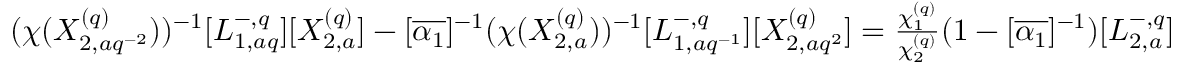
( \chi ( X _ { 2 , a q ^ { - 2 } } ^ { ( q ) } ) ) ^ { - 1 } [ L _ { 1 , a q } ^ { - , q } ] [ X _ { 2 , a } ^ { ( q ) } ] - [ \overline { { \alpha _ { 1 } } } ] ^ { - 1 } ( \chi ( X _ { 2 , a } ^ { ( q ) } ) ) ^ { - 1 } [ L _ { 1 , a q ^ { - 1 } } ^ { - , q } ] [ X _ { 2 , a q ^ { 2 } } ^ { ( q ) } ] = \textstyle \frac { \chi _ { 1 } ^ { ( q ) } } { \chi _ { 2 } ^ { ( q ) } } ( 1 - [ \overline { { \alpha _ { 1 } } } ] ^ { - 1 } ) [ L _ { 2 , a } ^ { - , q } ]